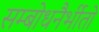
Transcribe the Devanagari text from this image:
सम्बोधनैर्भीतो